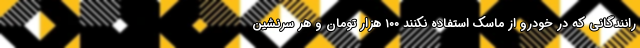
رانندگانی که در خودرو از ماسک استفاده نکنند ۱۰۰ هزار تومان و هر سرنشین